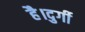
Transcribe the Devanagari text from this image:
है।दुर्गी